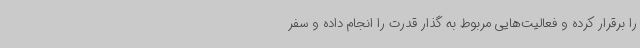
را برقرار کرده و فعالیت‌هایی مربوط به گذار قدرت را انجام داده و سفر